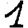
Digit: 1